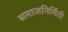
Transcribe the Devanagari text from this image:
समाजनिर्मिती